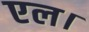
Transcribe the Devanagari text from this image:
एल।